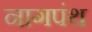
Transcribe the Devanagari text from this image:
नागपंथ